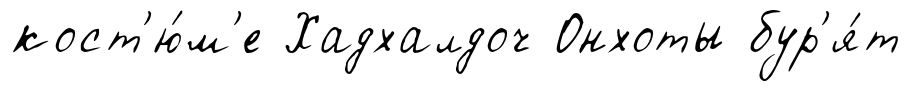
кост'ю́м'е Хадхалдоч Онхоты бур'я́т